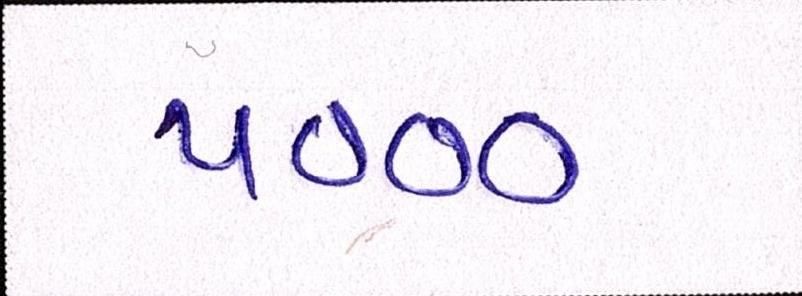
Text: ૫૦૦૦